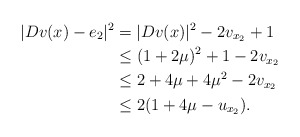
\begin{align*}|Dv(x)-e_2|^2&= |Dv(x)|^2-2v_{x_2}+1\\&\le (1+2\mu)^2+1- 2v_{x_2} \\&\le 2+4\mu+4\mu^2-2v_{x_2}\\&\le 2(1+4\mu-u_{x_2}) .\end{align*}